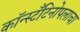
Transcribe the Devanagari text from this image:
कॉन्स्टँटिनोपलाचा